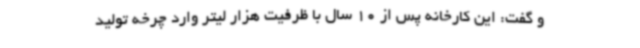
و گفت: این کارخانه پس از 10 سال با ظرفیت هزار لیتر وارد چرخه تولید